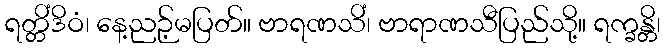
ရတ္တိံဒိဝံ၊ နေ့ညဉ့်မပြတ်။ ဗာရဏသိံ၊ ဗာရာဏသီပြည်သို့။ ရက္ခန္တိ၊